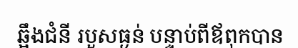
ឆ្អឹងជំនី របួសធ្ងន់ បន្ទាប់ពីឪពុកបាន